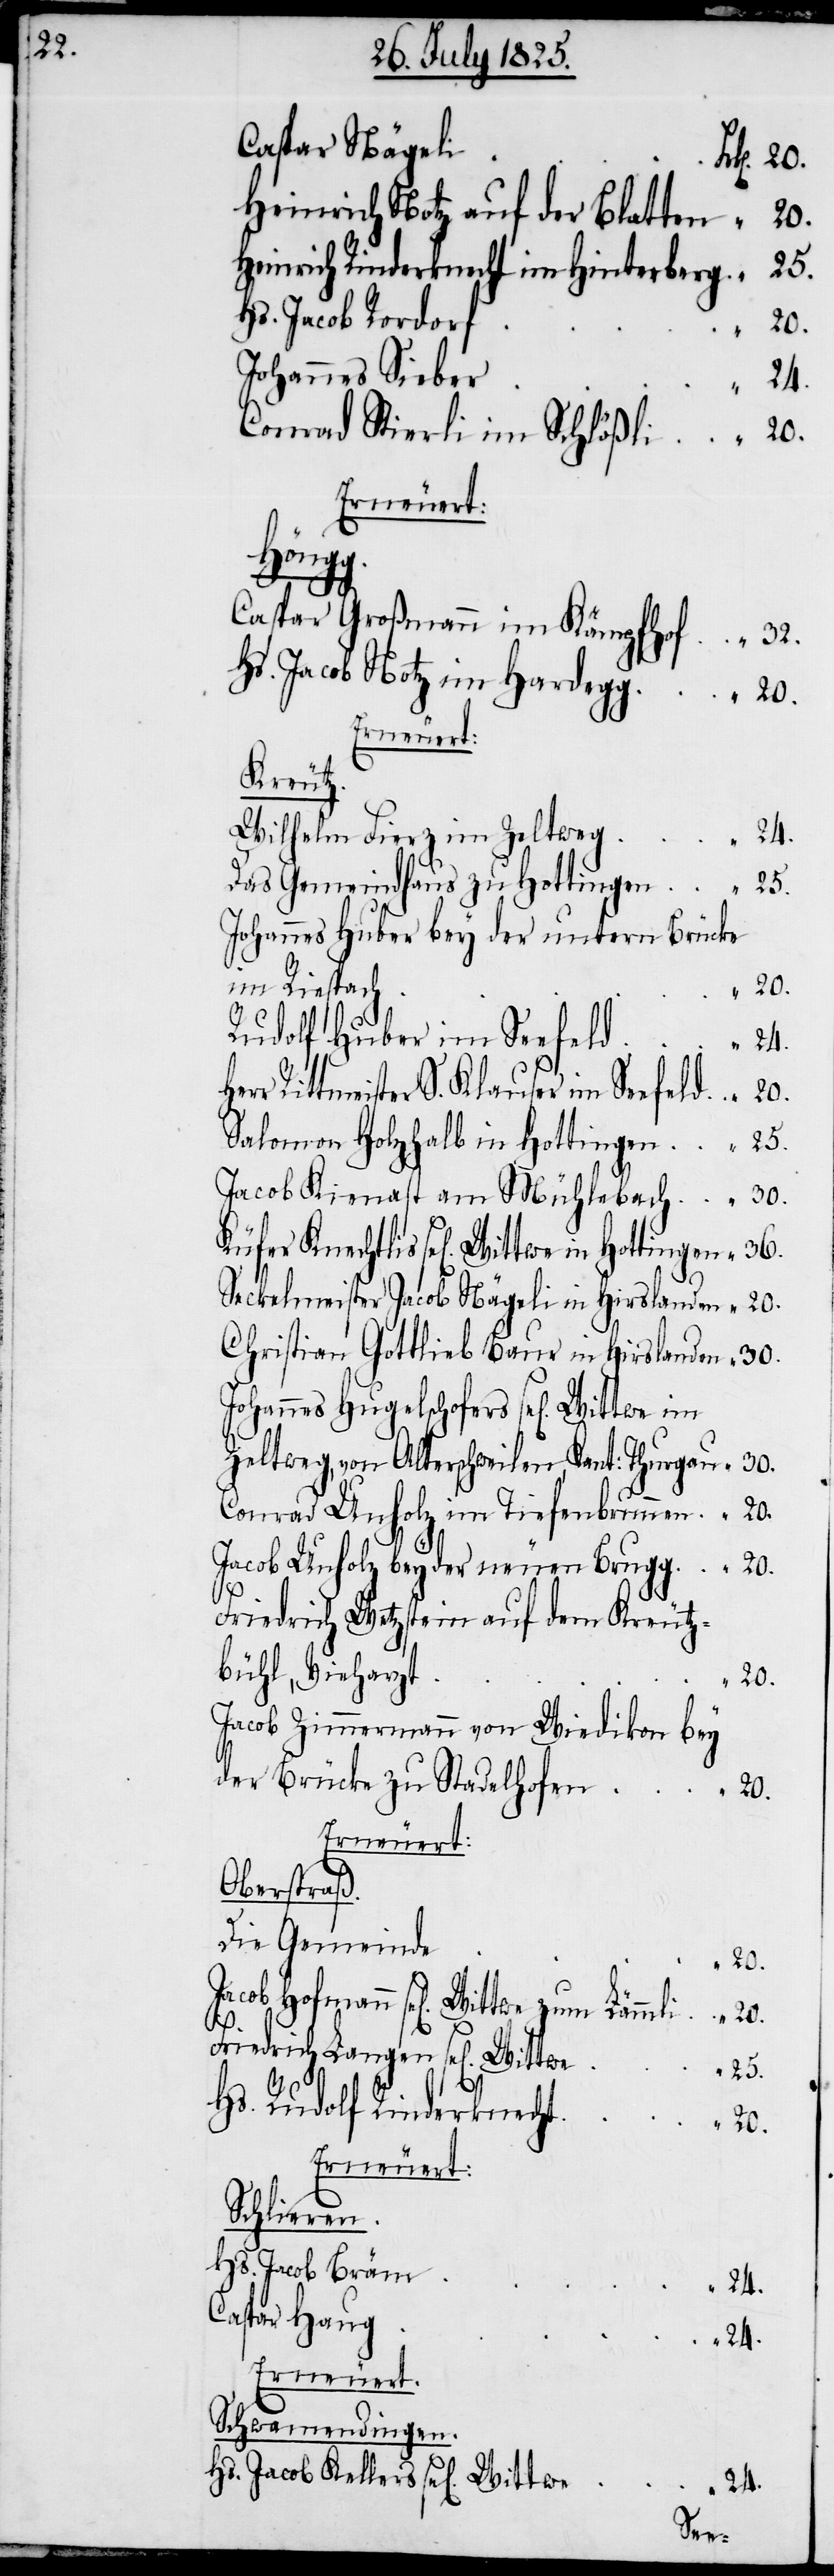
Heinrich Hotz auf der Blatten	“	20.
Heinrich Rinderknecht im Hinterberg	“	25.
Hs. Jacob Rordor¬
Johannes Siebe¬
Conrad Stierli im Schlößli	“	20.
Erneuert:
Höngg.
Caspar Großmann im Kämpfhof	“	32.
Hs. Jacob Hotz im Hardegg	“	20.
Erneuert:
Kreutz.
Wilhelm Fierz im Zeltwe¬
g	“	24.
Das Gemeindhaus zu Hottinge¬
n	“	25.
Johannes Huber bey der untern Brücke
Rudolf Huber im Seefel¬
m	“	24.
r Rittmeister S. Klauser im Seefeld	“	20.
Salomon Holzhalb in Hottingen	“	25.
Jacob Kienast am Mühlebach	“	30.
Küfer Knechtlis sel[igen] Wittwe in
Seckelmeister Jacob Nägeli in Hirslanden	“	20.
Christian Gottlieb Baur in Hirslanden	“	30.
Johannes Hugelschofers sel[igen]
Zeltweg, von Alterschweilen, Kant: Thurgau	“	30.
Conrad Unholz im Tiefenbrunnen	“	20.
Jacob Unholz bey der neuen Brugg	“	20.
Friedrich Wetzstein auf dem Kreutz¬
bühl, Vieharz¬
Jacob Zimmermann von Wiedikon bey
20.
Erneuert:
Oberstraß.
Die Gemeinde
t	“	20.
n]
Friedrich Langen sel[ige¬
Hs. Rudolf Rinderknech¬
Erneuert:
Schlieren.
Hs. Jacob Brä¬
Schwamendingen.
Hs. Jacob Kellers sel[ige¬
der